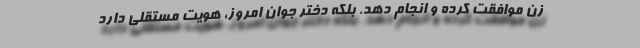
زن موافقت کرده و انجام دهد. بلکه دختر جوان امروز، هویت مستقلی دارد